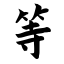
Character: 等